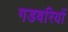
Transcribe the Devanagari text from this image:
गडबरियों